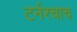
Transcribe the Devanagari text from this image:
टर्नरचाच